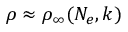
\rho \approx \rho _ { \infty } ( N _ { e } , k )